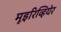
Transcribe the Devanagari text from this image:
मूइरिव्हियेर